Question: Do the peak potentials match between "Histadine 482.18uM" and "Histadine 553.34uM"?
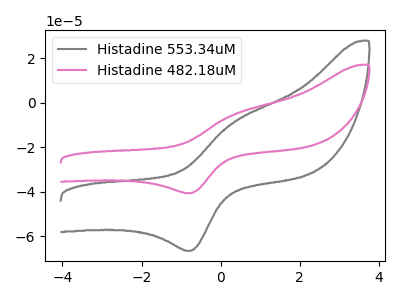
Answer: <think>The gray curve "Histadine 553.34uM" has an anodic peak at (0.35V, -8.80uA) and a cathodic peak at (-0.75V, -66.55uA). The pink curve "Histadine 482.18uM" has an anodic peak at (0.35V, -5.40uA) and a cathodic peak at (-0.75V, -40.65uA).</think>
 <answer>Yes, "Histadine 482.18uM" have a peak in "Histadine 553.34uM" at the same potential.</answer>
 <eval>match</eval>